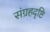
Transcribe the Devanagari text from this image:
संग्रहदृष्टि